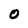
Character: O